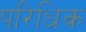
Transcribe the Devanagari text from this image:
परिधिक